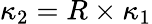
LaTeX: \kappa_{2}=R\times\kappa_{1}